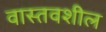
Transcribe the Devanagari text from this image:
वास्तवशील